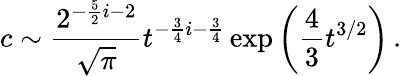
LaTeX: c\sim{\frac{2^{-{\frac{5}{2}}i-2}}{\sqrt{\pi}}}t^{-{\frac{3}{4}}i-{\frac{3}{4}}}\exp\left({\frac{4}{3}}t^{3/2}\right)\, .